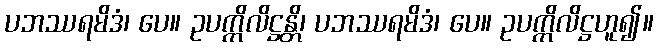
ပဘဿရမိဒံ၊ ပေ။ ဥပက္ကိလိဋ္ဌန္တိ၊ ပဘဿရမိဒံ၊ ပေ။ ဥပက္ကိလိဋ္ဌဟူ၍။